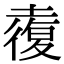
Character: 𡑉